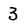
Character: 3